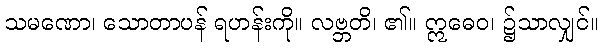
သမဏော၊ သောတာပန် ရဟန်းကို။ လဗ္ဘတိ၊ ၏။ ဣဓေဝ၊ ၌သာလျှင်။